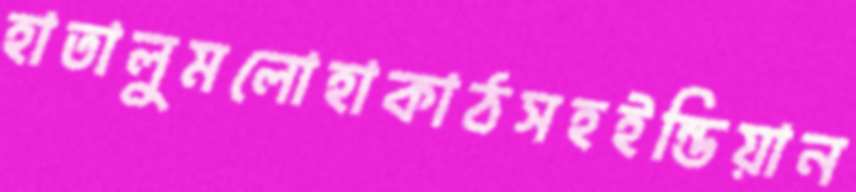
হাতালুমলোহাকাঠসহইন্ডিয়ান